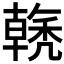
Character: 𱶡